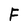
Character: F